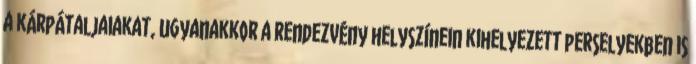
a kárpátaljaiakat, ugyanakkor a rendezvény helyszínein kihelyezett perselyekben is